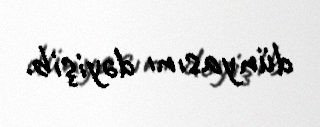
dünyasını dəyişib.